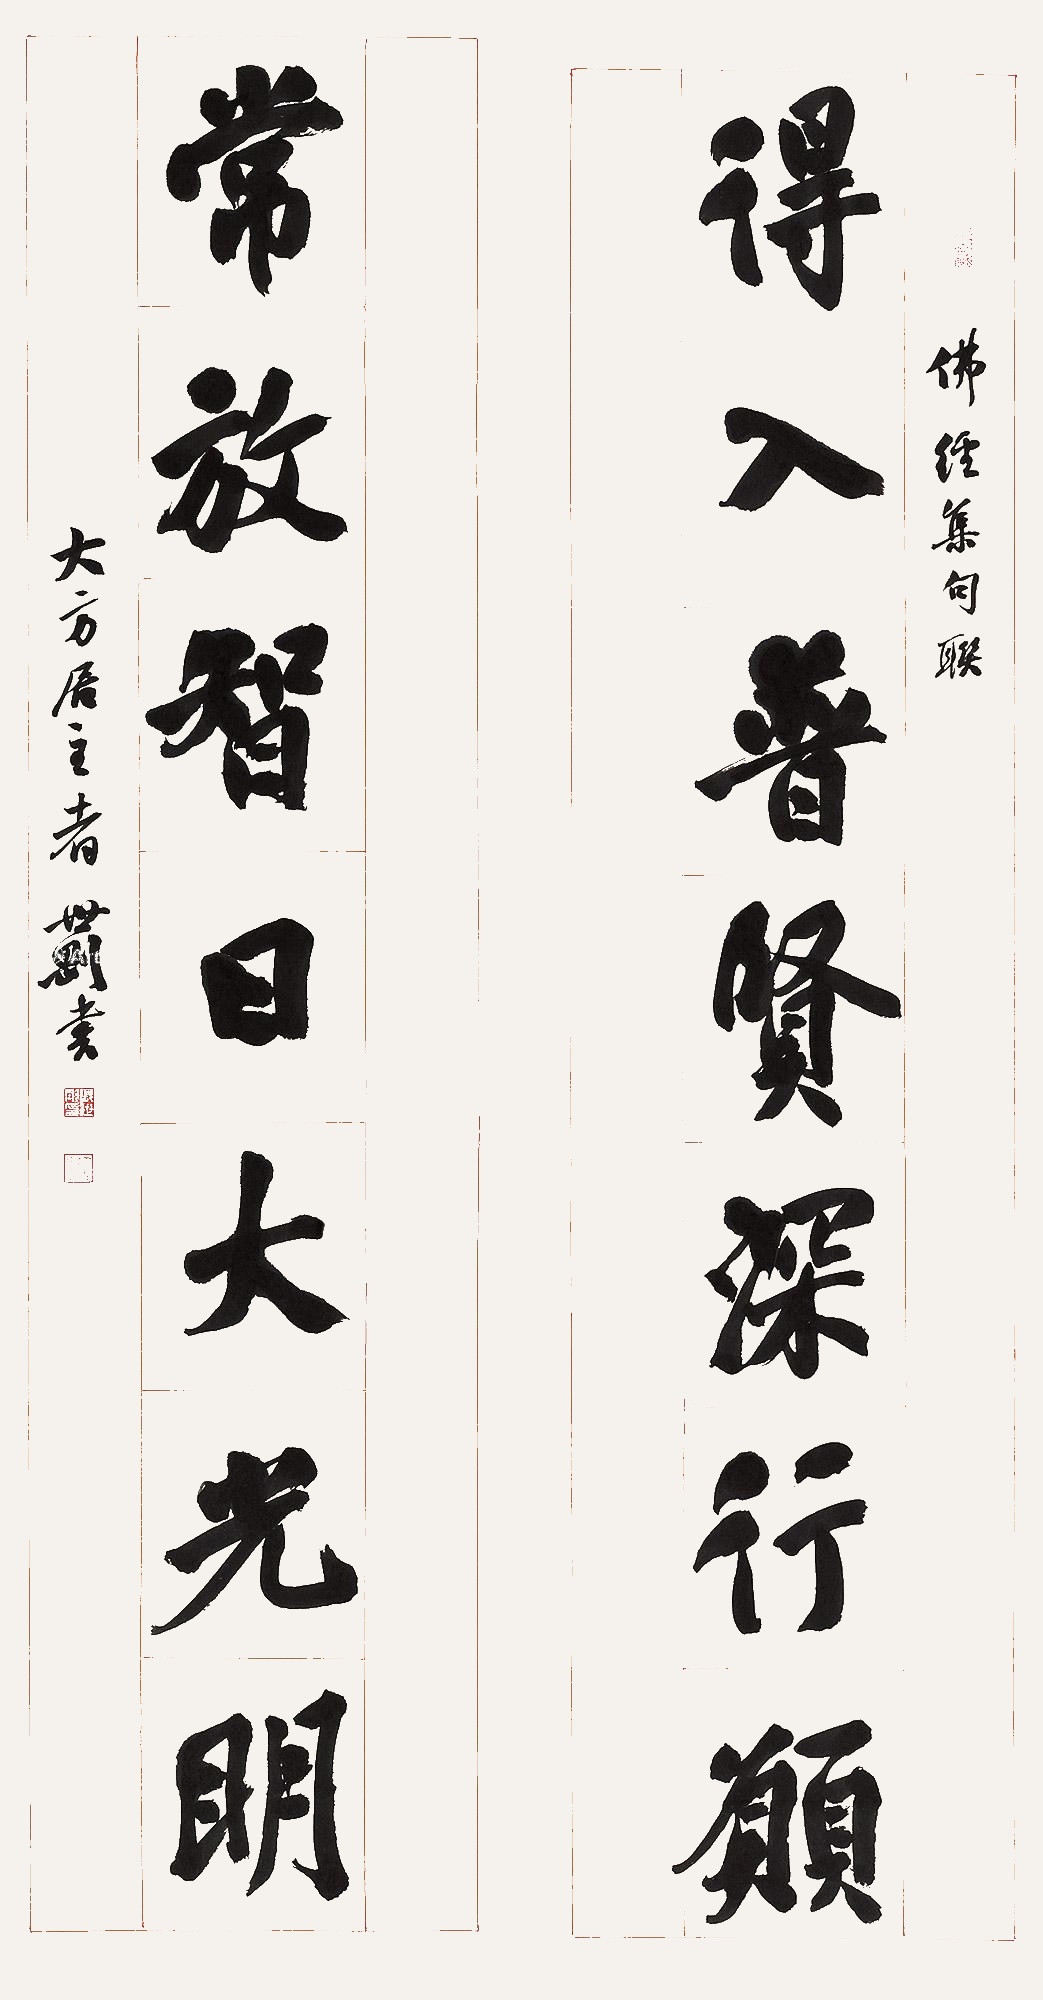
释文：得入普贤深行愿，常放智日大光明。佛经集句联。大方居主者世刚书。